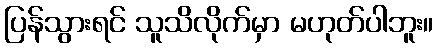
ပြန်သွားရင် သူသိလိုက်မှာ မဟုတ်ပါဘူး။